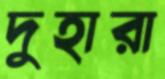
দুহারা